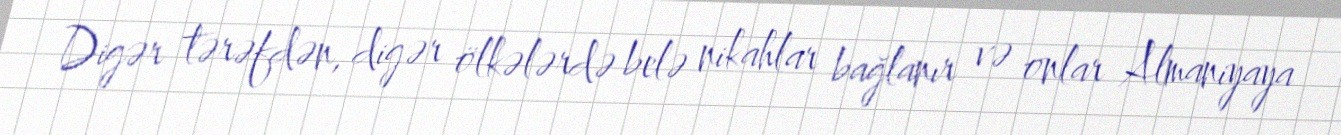
Digər tərəfdən, digər ölkələrdə belə nikahlar bağlanır və onlar Almaniyaya